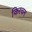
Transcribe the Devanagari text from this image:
किरचन